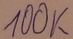
Text: 100K